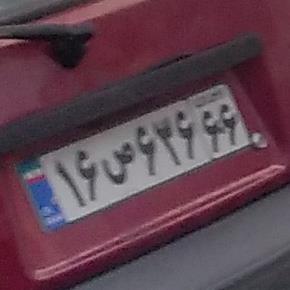
۱۶ص۶۳۶۶۶